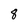
Character: 8